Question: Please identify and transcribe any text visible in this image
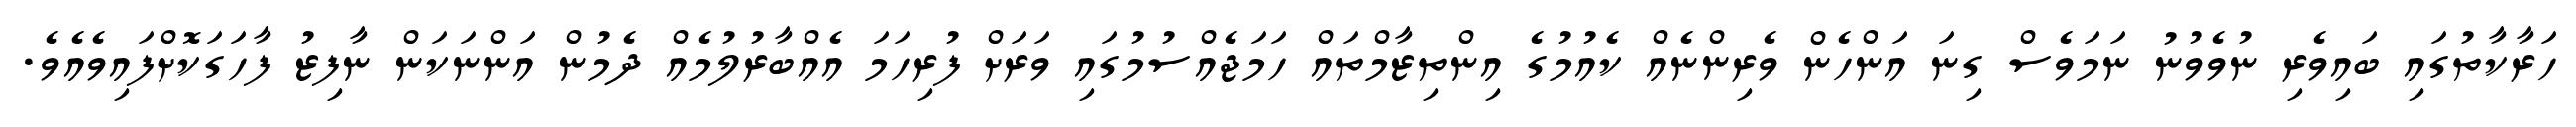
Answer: ހަރާކާތުގައި ބައިވެރި ނުވެވުނު ނަމަވެސް ގިނަ އަންހެން ވެރިންނެއް ކެއުމުގެ އިންތިޒާމްތައް ހަމަޖެއްސުމުގައި ވަރަށް ފުރިހަމަ އެއްބާރުލުމެއް ދެމުން އަންނަކަން ނާފިޒު ފާހަގަކޮށްފައިވެއެވެ.